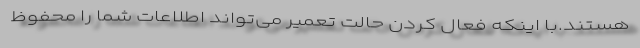
هستند.با اینکه فعال کردن حالت تعمیر می‌تواند اطلاعات شما را محفوظ